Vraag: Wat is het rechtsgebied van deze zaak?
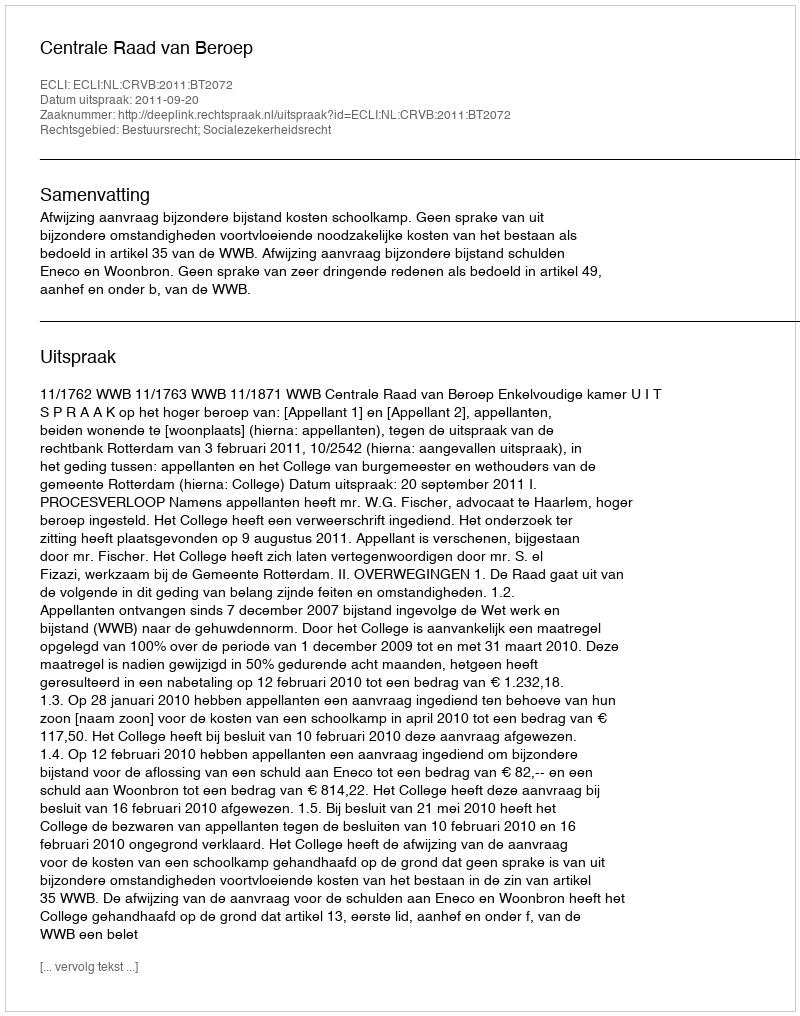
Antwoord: Bestuursrecht; Socialezekerheidsrecht